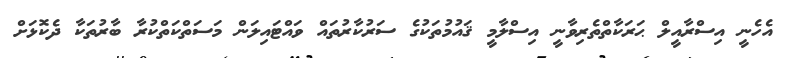
އެހެނީ އިސްރާއީލް ޙަރަކާތްތެރިވާނީ އިސްލާމީ ޤައުމުތަކުގެ ސަރުކާރުތައް ވައްޓައިލަން މަސަތްކަތްކުރާ ބާރުތަކާ ދެކޮޅަށް